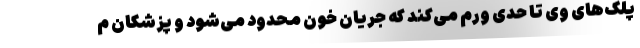
پلک‌های وی تا حدی ورم می‌کند که جریان خون محدود می‌شود و پزشکان م